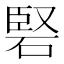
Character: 硻